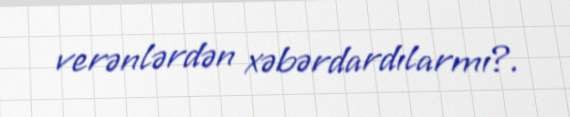
verənlərdən xəbərdardılarmı?.